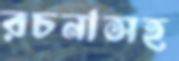
রচনাসহ